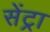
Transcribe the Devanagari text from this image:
सेंट्रा